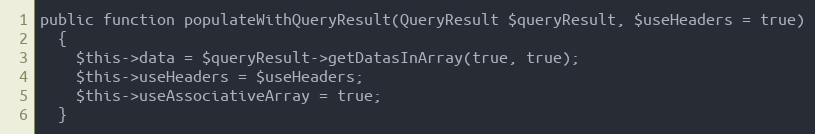
Language: PHP
public function populateWithQueryResult(QueryResult $queryResult, $useHeaders = true)
  {
    $this->data = $queryResult->getDatasInArray(true, true);
    $this->useHeaders = $useHeaders;
    $this->useAssociativeArray = true;
  }